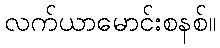
လက်ယာမောင်းစနစ်။